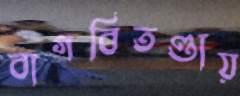
বাগবিতণ্ডায়